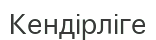
Кендірліге